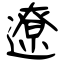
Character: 遼